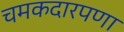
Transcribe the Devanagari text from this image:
चमकदारपणा